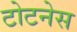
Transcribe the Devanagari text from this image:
टोटनेस